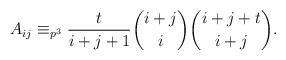
LaTeX: \begin{align*}A_{ij}\equiv_{p^3}\frac{t}{i+j+1}\binom{i+j}{i}\binom{i+j+t}{i+j}.\end{align*}